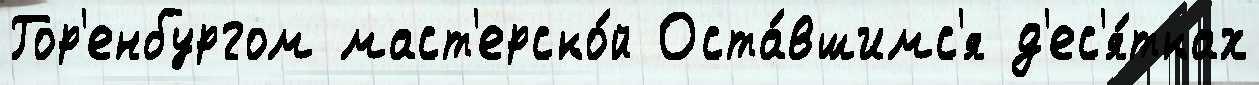
Гор'енбургом маст'ерско́й Оста́вшимс'я д'ес'я́тках